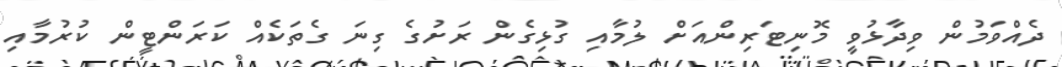
ދެއްވަމުން ވިދާޅުވީ މޮނިޓަރިންއަށް ލުމާއި ގުޅިގެން ރަށުގެ ގިނަ ގެތަކެއް ކަރަންޓީން ކުރުމާއި